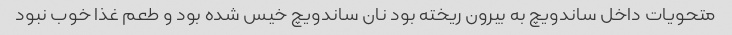
متحویات داخل ساندویچ به بیرون ریخته بود نان ساندویچ خیس شده بود و طعم غذا خوب نبود